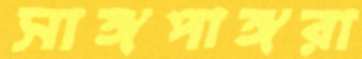
সাঙ্গপাঙ্গরা